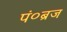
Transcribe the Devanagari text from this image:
पं०ब्रज